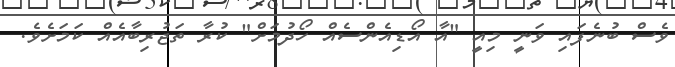
ވެސް ބުނެފައި ވަނީ މިއީ "އާ އޯޑިއެންސެއް ހޯދުމަށް" ކުރާ ތަޖުރިބާއެއް ކަމަށެވެ.